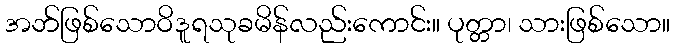
အဘ်ဖြစ်သောဝိဒူရသုခမိန်လည်းကောင်း။ ပုတ္တာ၊ သားဖြစ်သော။